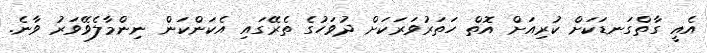
އެއީ ގާތްގަނޑަކަށް ކުރިއަށް އޮތް ހަތަރުވަރަކަށް ދުވަހުގެ ތެރޭގައި އެކަންކަން ނިންމާލެވޭވަރު ވާނެ.